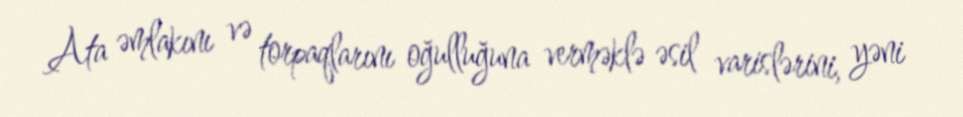
Ata əmlakını və torpaqlarını oğulluğuna verməklə əsil varislərini, yəni